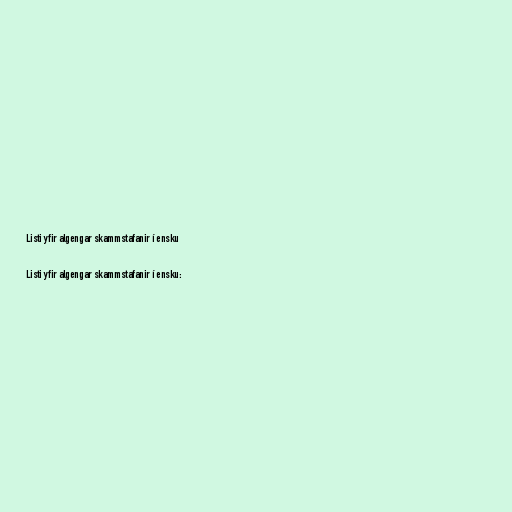
Listi yfir algengar skammstafanir í ensku

Listi yfir algengar skammstafanir í ensku: